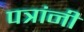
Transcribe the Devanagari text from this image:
पत्रांनी